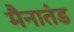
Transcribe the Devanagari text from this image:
मैनातंड